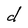
Character: d